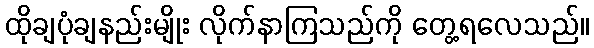
ထိုချပုံချနည်းမျိုး လိုက်နာကြသည်ကို တွေ့ရလေသည်။